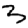
Digit: 3